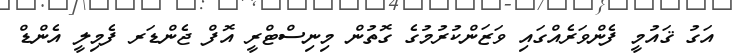
އަގު ޤައުމީ ފެންވަރެއްގައި ވަޒަންކުރުމުގެ ގޮތުން މިނިސްޓްރީ އޮފް ޖެންޑަރ ފެމިލީ އެންޑް